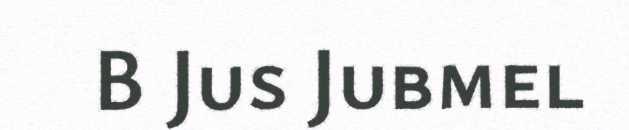
B Jus Jubmel